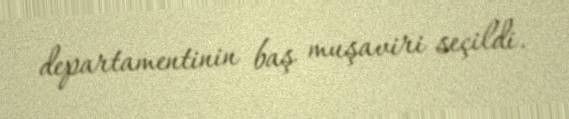
departamentinin baş muşaviri seçildi.